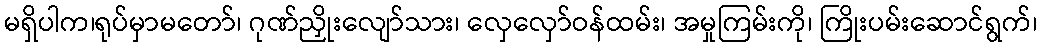
မရှိပါက၊ရုပ်မှာမတော်၊ ဂုဏ်ညှိုးလျော်သား၊ လှေလှော်ဝန်ထမ်း၊ အမှုကြမ်းကို၊ ကြိုးပမ်းဆောင်ရွက်၊